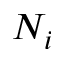
N _ { i }